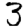
Digit: 3